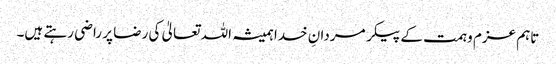
تاہم عزم و ہمت کے پیکر مردانِ خدا ہمیشہ اللہ تعالیٰ کی رضا پر راضی رہتے ہیں۔